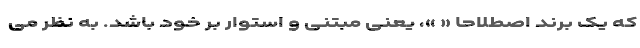
که یک برند اصطلاحاً « »، یعنی مبتنی و استوار بر خود باشد. به نظر می